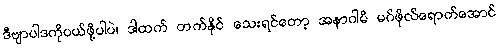
ဒီဗျာပါဒကိုပယ်ဖို့ပါပဲ၊ ဒါထက် တက်နိုင် သေးရင်တော့ အနာဂါမိ မဂ်ဖိုလ်ရောက်အောင်